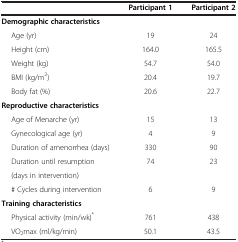
<table><thead><tr><td><b> </b></td><td><b>Participant 1</b></td><td><b>Participant 2</b></td></tr></thead><tbody><tr><td><b>Demographic characteristics</b></td><td> </td><td> </td></tr><tr><td>Age (yr)</td><td>19</td><td>24</td></tr><tr><td>Height (cm)</td><td>164.0</td><td>165.5</td></tr><tr><td>Weight (kg)</td><td>54.7</td><td>54.0</td></tr><tr><td>BMI (kg/m<sup>2</sup>)</td><td>20.4</td><td>19.7</td></tr><tr><td>Body fat (%)</td><td>20.6</td><td>22.7</td></tr><tr><td><b>Reproductive characteristics</b></td><td> </td><td> </td></tr><tr><td>Age of Menarche (yr)</td><td>15</td><td>13</td></tr><tr><td>Gynecological age (yr)</td><td>4</td><td>9</td></tr><tr><td>Duration of amenorrhea (days)</td><td>330</td><td>90</td></tr><tr><td>Duration until resumption</td><td>74</td><td>23</td></tr><tr><td>(days in intervention)</td><td> </td><td> </td></tr><tr><td># Cycles during intervention</td><td>6</td><td>9</td></tr><tr><td><b>Training characteristics</b></td><td> </td><td> </td></tr><tr><td>Physical activity (min/wk)<sup>*</sup></td><td>761</td><td>438</td></tr><tr><td>VO<sub>2</sub>max (ml/kg/min)</td><td>50.1</td><td>43.5</td></tr></tbody></table>